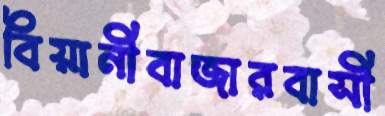
বিয়ানীবাজারবাসী